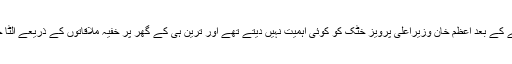
جہانگیر ترین اور خان کے ساتھ ڈائریکٹ ہو جانے کے بعد اعظم خان وزیراعلیٰ پرویز خٹک کو کوئی اہمیت نہیں دیتے تھے اور ترین ہی کے گھر پر خفیہ ملاقاتوں کے ذریعے الٹا خان اور ترین کو ان کی رپورٹنگ کیا کرتے تھے۔